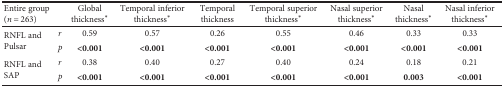
<table><thead><tr><td><b>Entire group (<i>n</i> = 263)</b></td><td></td><td><b>Global thickness<sup>∗</sup></b></td><td><b>Temporal inferior thickness<sup>∗</sup></b></td><td><b>Temporal thickness</b></td><td><b>Temporal superior thickness<sup>∗</sup></b></td><td><b>Nasal superior thickness<sup>∗</sup></b></td><td><b>Nasal thickness<sup>∗</sup></b></td><td><b>Nasal inferior thickness<sup>∗</sup></b></td></tr></thead><tbody><tr><td rowspan="2">RNFL and Pulsar</td><td><i>r</i></td><td>0.59</td><td>0.57</td><td>0.26</td><td>0.55</td><td>0.46</td><td>0.33</td><td>0.33</td></tr><tr><td><i>p</i></td><td><b>&lt;0.001</b></td><td><b>&lt;0.001</b></td><td><b>&lt;0.001</b></td><td><b>&lt;0.001</b></td><td><b>&lt;0.001</b></td><td><b>&lt;0.001</b></td><td><b>&lt;0.001</b></td></tr><tr><td rowspan="2">RNFL and SAP</td><td><i>r</i></td><td>0.38</td><td>0.40</td><td>0.27</td><td>0.40</td><td>0.24</td><td>0.18</td><td>0.21</td></tr><tr><td><i>p</i></td><td><b>&lt;0.001</b></td><td><b>&lt;0.001</b></td><td><b>&lt;0.001</b></td><td><b>&lt;0.001</b></td><td><b>&lt;0.001</b></td><td><b>0.003</b></td><td><b>&lt;0.001</b></td></tr></tbody></table>